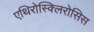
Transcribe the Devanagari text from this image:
एथिरोस्क्लिरोसिस